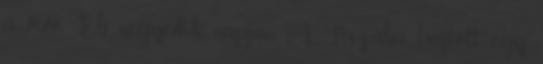
a vívó Eb negyedik napján A Tiszába hajtott egy